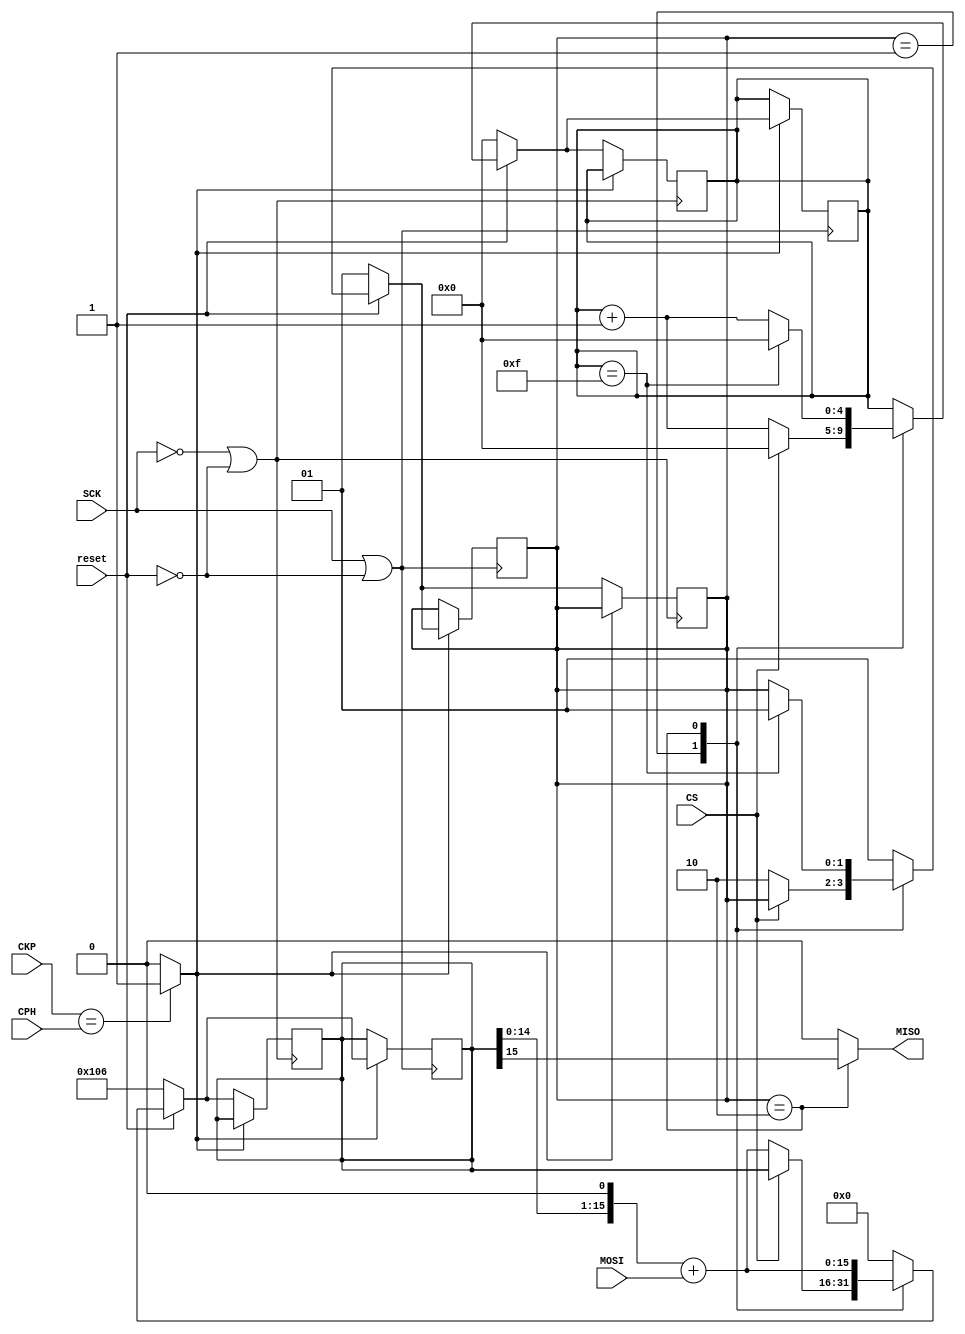
module receptor(
   // Outputs
   MISO, SCK, CS,
   // Inputs
   reset, CKP, CPH, MOSI
   );

  //Entradas y salidas
  output MISO;
  input  reset,CKP,CPH, MOSI, SCK, CS;

  //Variables intermedias
  reg [1:0]  estado_rec, prox_estado_rec;
  reg [15:0] dato_recep, prox_dato_recep;
  reg [4:0]  cuenta_bits, prox_cuenta_bits; //Cuenta bits de la transaccin
 

  localparam IDLE         = 2'b01;
  localparam TRANSMISSION = 2'b10;

  assign edge_c = (CKP==CPH)? 1:0;//leemos en el flanco creciente?
  assign MISO = (estado_rec==TRANSMISSION)? dato_recep[15]:0;
  //Fip flops
  always @(posedge SCK || ~reset) begin
  if (edge_c)begin
    if (~reset) begin
      estado_rec        <= IDLE;
      dato_recep    <= 16'h0106;
      cuenta_bits   <= 0;
    end else begin
      estado_rec    <= prox_estado_rec;
      dato_recep    <= prox_dato_recep;
      cuenta_bits   <= prox_cuenta_bits;
    end
  end
  end
  
  always @(posedge ~SCK || ~reset) begin
  if (~edge_c)begin
    if (~reset) begin
      estado_rec        <= IDLE;
      dato_recep    <= 16'h0106;
      cuenta_bits   <= 0;
    end else begin
      estado_rec        <= prox_estado_rec;
      dato_recep    <= prox_dato_recep;
      cuenta_bits   <= prox_cuenta_bits;
    end
  end
  end


  //LOGICA COMBINACIONAL
 always @(*) begin

  prox_estado_rec = estado_rec;
  prox_dato_recep = dato_recep;
  prox_cuenta_bits = cuenta_bits;
  
    case (estado_rec)
      IDLE:begin
        prox_cuenta_bits = 0; 
      if (~CS)  begin 
          prox_estado_rec = TRANSMISSION; 
          prox_dato_recep= (dato_recep<<1)+MOSI;
          prox_cuenta_bits = cuenta_bits+1;
        end
        end
      TRANSMISSION: 
        begin
          prox_dato_recep= (dato_recep<<1)+MOSI;
          if (cuenta_bits == 15) begin
            prox_estado_rec = IDLE;// se pone antes que eltransmisor para que agarre el sck antes de que este se apague
            prox_cuenta_bits = 0; 
          end
          else prox_cuenta_bits = cuenta_bits+1;
        end
	  
      default:  
        begin
	  prox_estado_rec = IDLE;
	  prox_dato_recep = 0;
	end
    endcase;
  end

endmodule